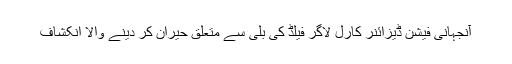
آنجہانی فیشن ڈیزائنر کارل لاگر فیلڈ کی بلی سے متعلق حیران کر دینے والا انکشاف